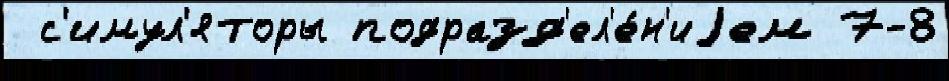
 с'имул'яторы подразд'ел'е́н'иjем 7-8